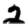
Digit: 2